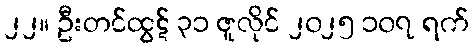
၂၂။ ဦးတင်ထွဋ် ၃၁ ဇူလိုင် ၂၀၂၅ ၁၀၇ ရက်